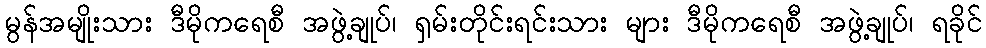
မွန်အမျိုးသား ဒီမိုကရေစီ အဖွဲ့ချုပ်၊ ရှမ်းတိုင်းရင်းသား များ ဒီမိုကရေစီ အဖွဲ့ချုပ်၊ ရခိုင်